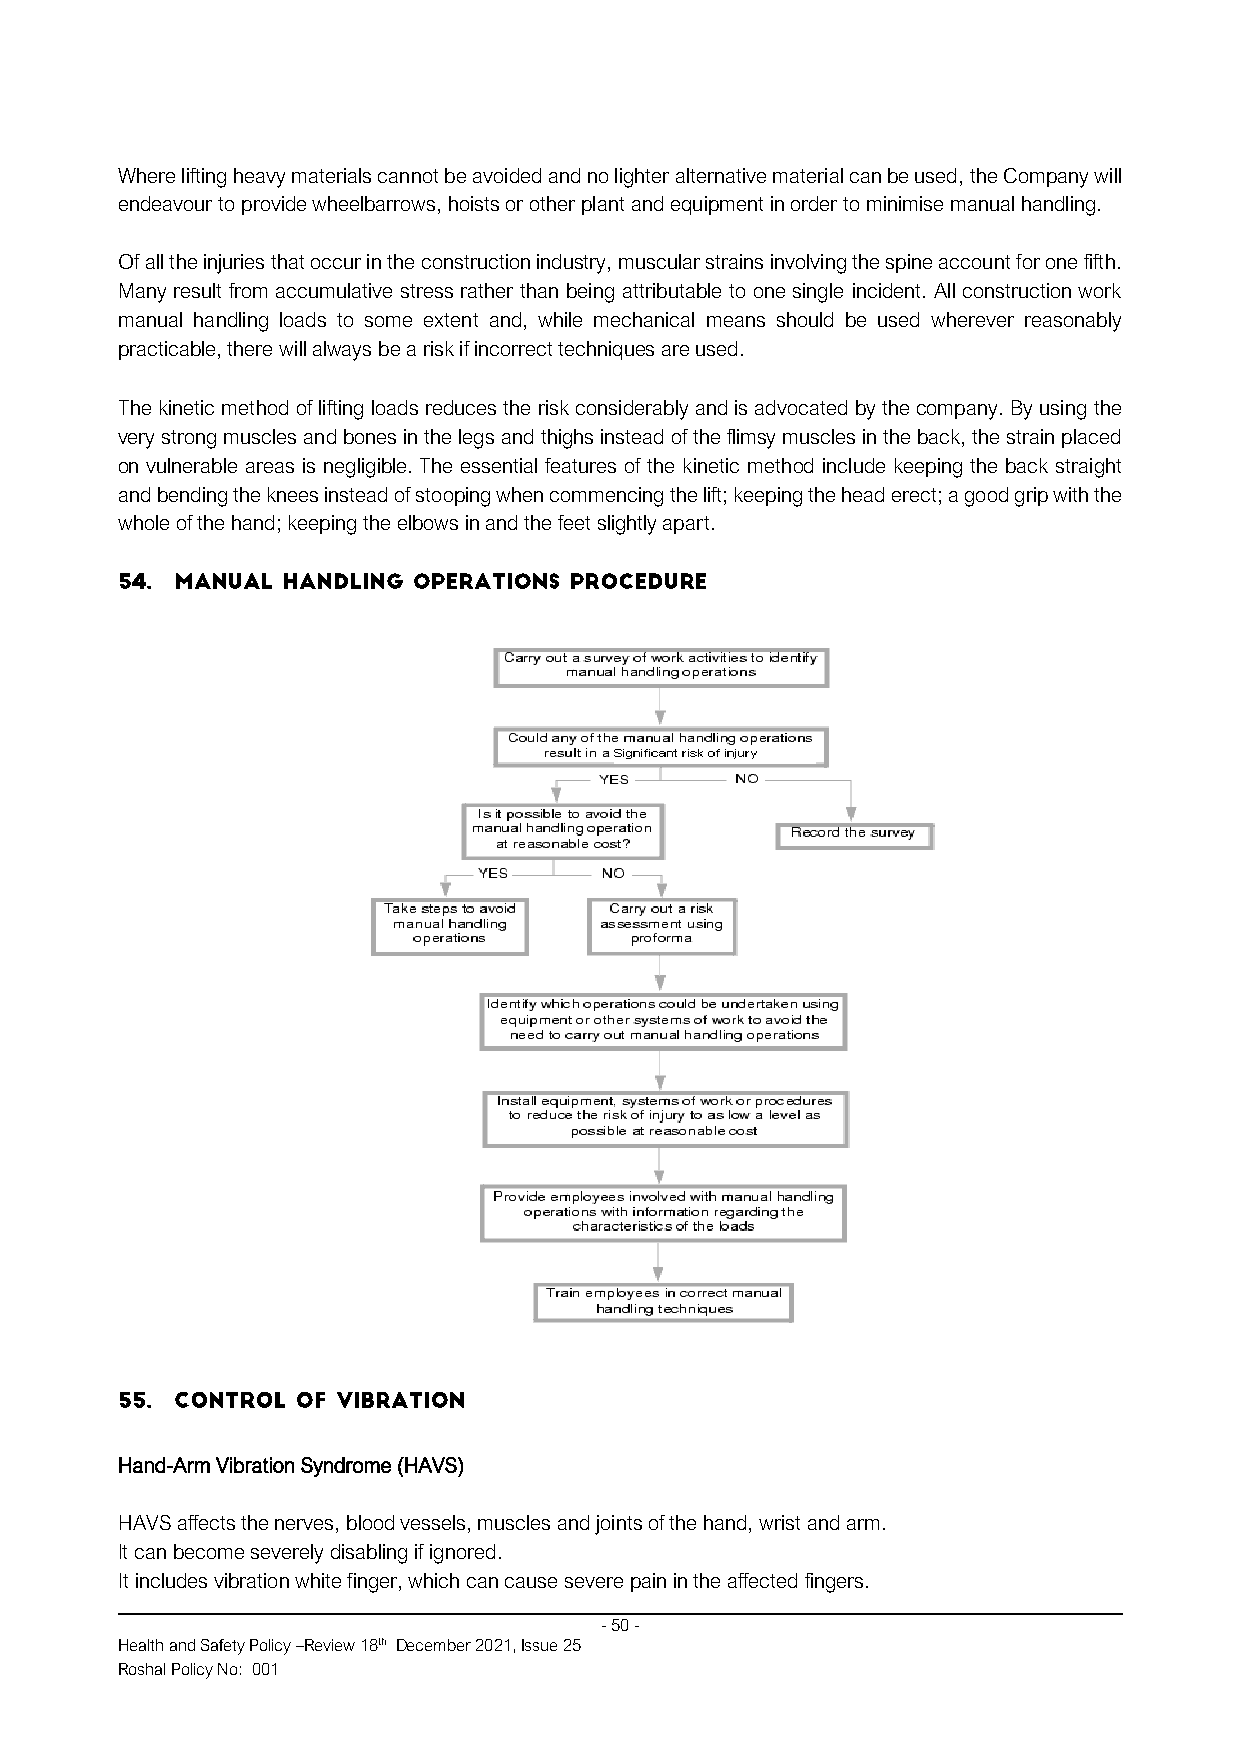
Where lifting heavy materials cannot be avoided and no lighter alternative material can be used, the Company will
 endeavour to provide wheelbarrows, hoists or other plant and equipment in order to minimise manual handling.
 Of all the injuries that occur in the construction industry, muscular strains involving the spine account for one fifth.
 Many result from accumulative stress rather than being attributable to one single incident. All construction work
 manual handling loads to some extent and, while mechanical means should be used wherever reasonably
 practicable, there will always be a risk if incorrect techniques are used.
 The kinetic method of lifting loads reduces the risk considerably and is advocated by the company. By using the
 very strong muscles and bones in the legs and thighs instead of the flimsy muscles in the back, the strain placed
 on vulnerable areas is negligible. The essential features of the kinetic method include keeping the back straight
 and bending the knees instead of stooping when commencing the lift; keeping the head erect; a good grip with the
 whole of the hand; keeping the elbows in and the feet slightly apart.
 Hand-Arm Vibration Syndrome (HAVS)
 HAVS affects the nerves, blood vessels, muscles and joints of the hand, wrist and arm.
 It can become severely disabling if ignored.
 It includes vibration white finger, which can cause severe pain in the affected fingers.
 - 50 -
 Health and Safety Policy –Review 18th December 2021, Issue 25
 Roshal Policy No: 001